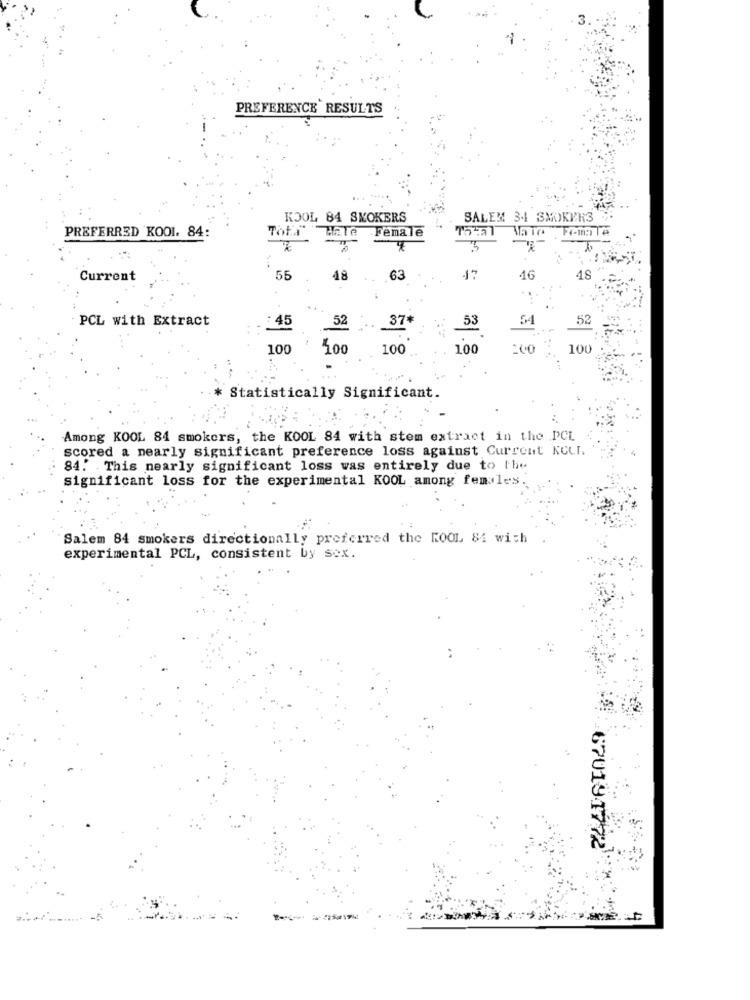
PREFERENCE RESULTS
KOOL 84 SMOKERS
SALEM 34 SMOKERS
Thfi"HaTe
-Female
Female
PREFERRED KOOL. 84:
Thal
Current
55
48
63
17
16
48
PCL with Extract
54
52
: 45
52
37+
53
100
100
100
100
100
* Statistically Significant.
Among KOOL 84 smokers, the KOOL 84 with stem extract in the PCL
scored a nearly significant preference loss against Current KOLI.
84. This nearly significant loss was entirely due to the
significant loss for the experimental KOOL among females.
Salem 84 smokers directionally preferred the ROOL 84 with
experimental PCL, consistent by sex.
67019.1772